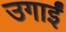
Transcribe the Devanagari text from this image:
उगाईं